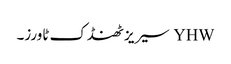
YHW سیریز ٹھنڈک ٹاورز۔